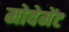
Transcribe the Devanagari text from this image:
मोवेमेंट